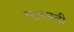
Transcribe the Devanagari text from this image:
एल्बरती